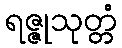
ရဇ္ဇုသုတ္တံ